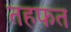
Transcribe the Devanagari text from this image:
तहफत